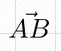
\vec{AB}